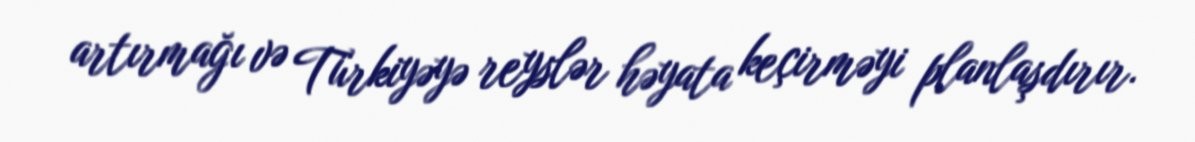
artırmağı və Türkiyəyə reyslər həyata keçirməyi planlaşdırır.